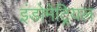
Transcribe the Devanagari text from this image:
इंडोमेट्रियल